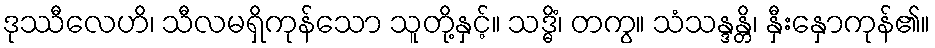
ဒုဿီလေဟိ၊ သီလမရှိကုန်သော သူတို့နှင့်။ သဒ္ဓိံ၊ တကွ။ သံသန္ဒန္တိ၊ နှီးနှောကုန်၏။